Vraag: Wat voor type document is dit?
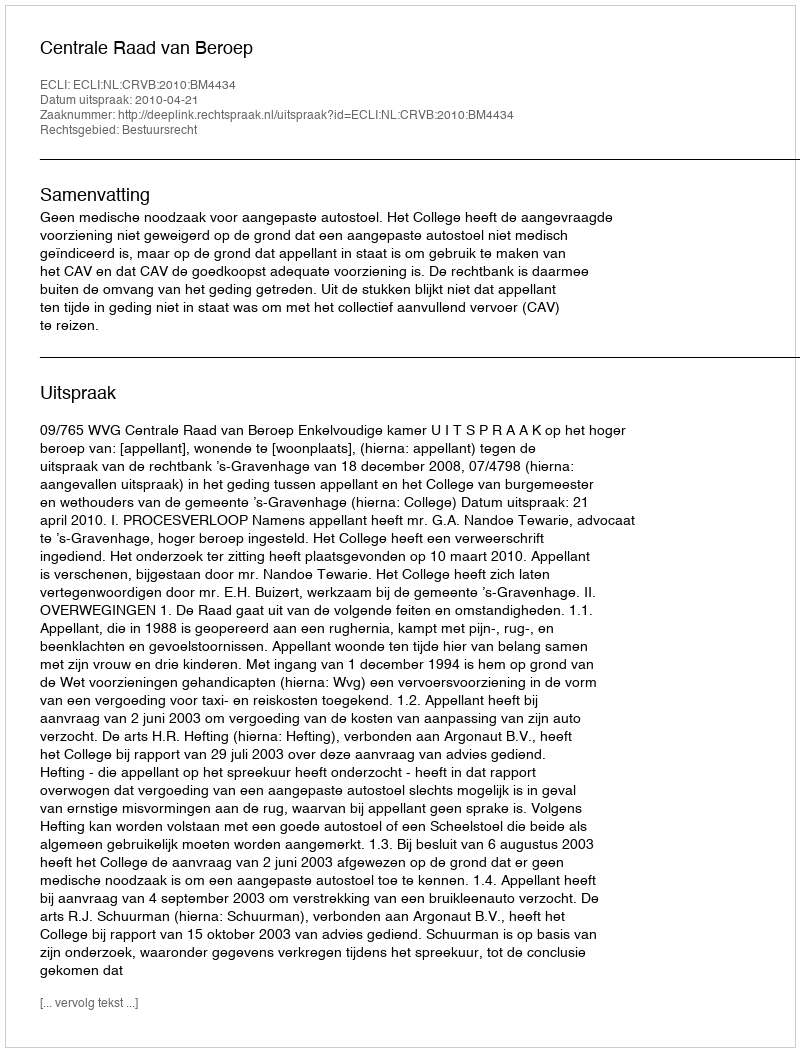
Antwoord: Uitspraak